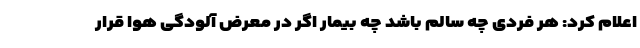
اعلام کرد: هر فردی چه سالم باشد چه بیمار اگر در معرض آلودگی هوا قرار